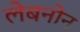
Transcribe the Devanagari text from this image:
लेबनोन